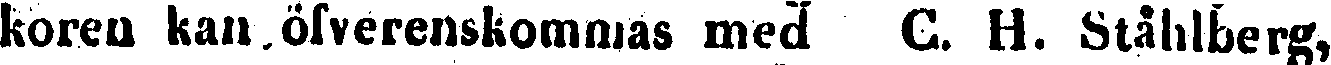
koren kan öfverenskommas med C. H. Ståhlberg,